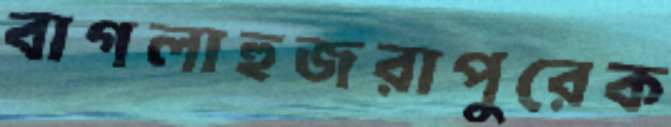
বাগলাহুজরাপুরেক